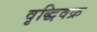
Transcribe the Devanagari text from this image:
वृद्धिवक्र